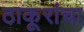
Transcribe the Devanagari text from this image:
ठाकूरांचा